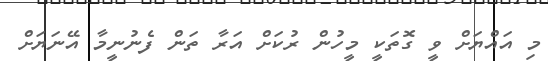
މި އައްޔަށް ވީ ގޮތަކީ މީހުން ރުކަށް އަރާ ތަން ފެނުނީމާ އޭނަޔަށް